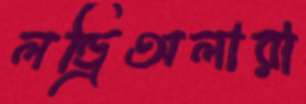
লন্ড্রিঅলারা